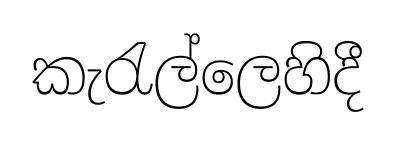
කැරැල්ලෙහිදී